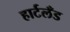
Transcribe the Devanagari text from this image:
हार्टलँड